Civil Veterinary Dept. Bombay admin report 1893-99 - 1893-1899
Year: 1893
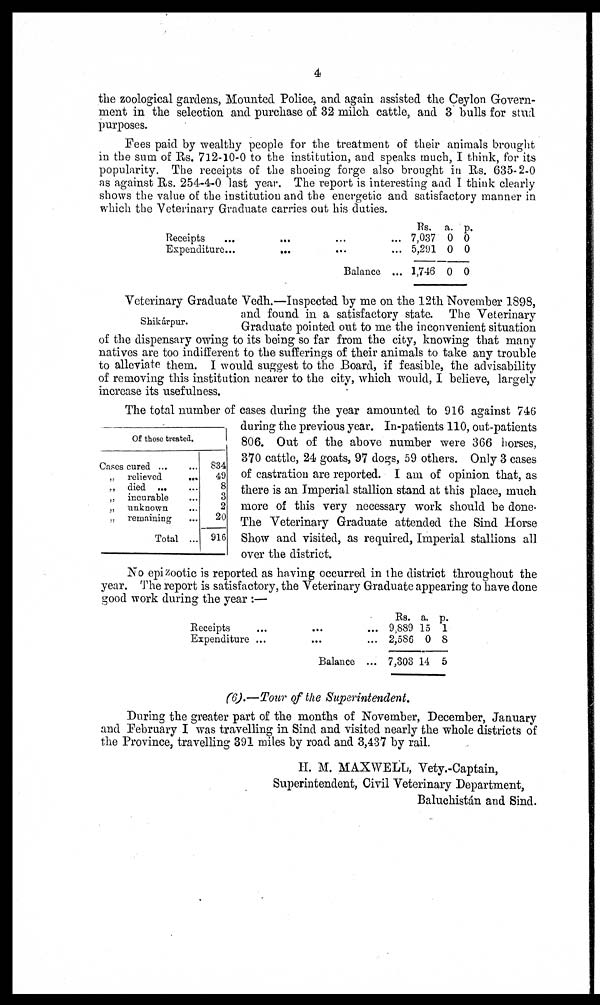
4
the zoological gardens, Mounted Police, and again assisted the Ceylon Govern-
ment in the selection and purchase of 32 milch cattle, and 3 bulls for stud
purposes.
Fees paid by wealthy people for the treatment of their animals brought
in the sum of Rs. 712-10-0 to the institution, and speaks much, I think, for its
popularity. The receipts of the shoeing forge also brought in Rs. 635-2-0
as against Rs. 254-4-0 last year. The report is interesting and I think clearly
shows the value of the institution and the energetic and satisfactory manner in
which the Veterinary Graduate carries out his duties.
Receipts
...
...
... ...
Expenditure . . . ...
...
...
Balance ...
Rs.
7,037
5,291
1,746
a.
0
0
0
p.
0
0
0
Shikápur.
Of those treated.
Cases cured ... ...
„ relieved
...
„ died ...
„ incurable ...
„ unknown ...
„ remaining ...
Total ...
834
49
8
3
2
20
916
Veterinary Graduate Vedh.—Inspected by me on the 12th November 1898,
and found in a satisfactory state. The Veterinary
Graduate pointed out to me the inconvenient situation
of the dispensary owing to its being so far from the city, knowing that many
natives are too indifferent to the sufferings of their animals to take any trouble
to alleviate them. I would suggest to the Board, if feasible, the advisability
of removing this institution nearer to the city, which would, I believe, largely
increase its usefulness.
The total number of cases during the year amounted to 916 against 746
during the previous year. In-patients 110, out-patients
806. Out of the above number were 366 horses,
370 cattle, 24 goats, 97 dogs, 59 others. Only 3 cases
of castration are reported. I am of opinion that, as
there is an Imperial stallion stand at this place, much
more of this very necessary work should be done.
The Veterinary Graduate attended the Sind Horse
Show and visited, as required, Imperial stallions all
over the district.
No epizootic is reported as having occurred in the district throughout the
year. The report is satisfactory, the Veterinary Graduate appearing to have done
good work during the year :—
Receipts
...
... ...
Expenditure ...
... ...
Balance ...
Rs.
9,889
2,586
7,303
a.
15
0
14
p.
1
8
5
(6).—Tour of the Superintendent.
During the greater part of the months of November, December, January
and February I was travelling in Sind and visited nearly the whole districts of
the Province, travelling 391 miles by road and 3,437 by rail.
H. M. MAXWELL, Vety.-Captain,
Superintendent, Civil Veterinary Department,
Baluchistán and Sind.